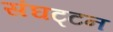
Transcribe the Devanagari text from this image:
संघट्‍टन